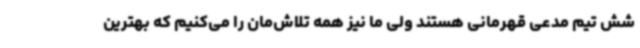
شش تیم مدعی قهرمانی هستند ولی ما نیز همه تلاش‌مان را می‌کنیم که بهترین